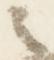
之